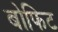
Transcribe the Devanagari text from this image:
बोफिट